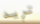
تريد